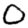
Digit: 0